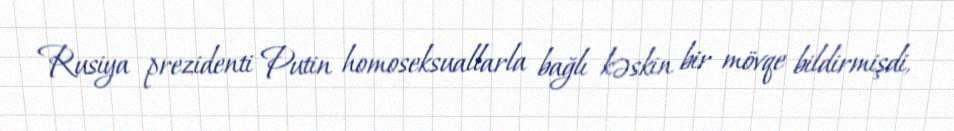
Rusiya prezidenti Putin homoseksuallarla bağlı kəskin bir mövqe bildirmişdi,